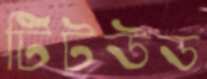
টিটউড